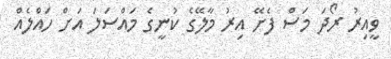
ވީއިރު ރޯދަ މަސް ފެށޭ އިރު މާލޭގެ ކުނީގެ މައްސަލަ އަށް ހައްލެއް